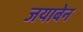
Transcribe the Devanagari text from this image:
जयाबेन